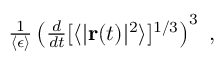
\begin{array} { r } { \frac { 1 } { \langle \epsilon \rangle } \left( \frac { d } { d t } [ \langle | { \mathbf { r } } ( t ) | ^ { 2 } \rangle ] ^ { 1 / 3 } \right) ^ { 3 } \ , } \end{array}